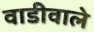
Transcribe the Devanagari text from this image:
वाडीवाले